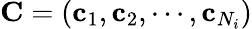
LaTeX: \mathbf{C}=(\mathbf{c}_{1},\mathbf{c}_{2},\cdots,\mathbf{c}_{N_{i}})